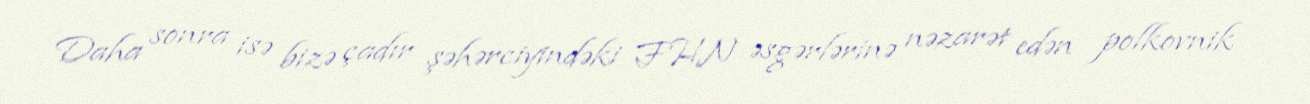
Daha sonra isə bizə çadır şəhərciyindəki FHN əsgərlərinə nəzarət edən polkovnik